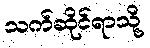
သက်ဆိုင်ရာသို့